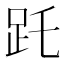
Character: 𧿌